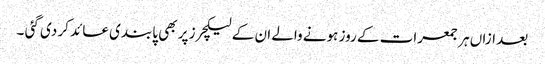
بعد ازاں ہر جمعرات کے روز ہونے والے ان کے لیکچرز پر بھی پابندی عائد کر دی گئی ۔